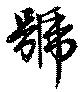
号